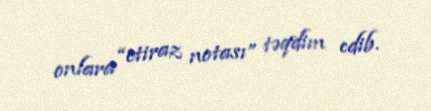
onlara “etiraz notası” təqdim edib.